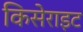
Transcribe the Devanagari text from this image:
किसेराइट